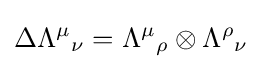
\Delta {\Lambda ^{\mu }}_{\nu }={\Lambda ^{\mu }}_{\rho }\otimes {\Lambda ^{\rho }}_{\nu }